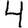
Digit: 4